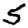
Digit: 5